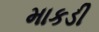
માકડી